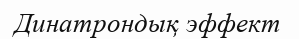
Динатрондық эффект